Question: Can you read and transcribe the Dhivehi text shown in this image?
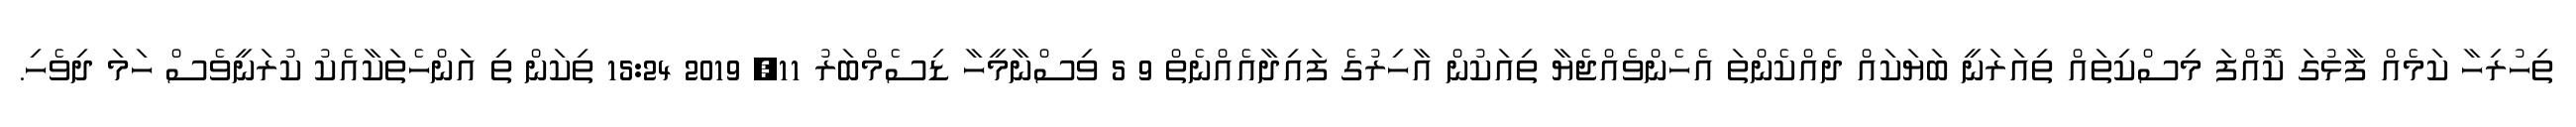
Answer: ތިހުރިހާ ކަމެއް ފާޅުގަ ކޮއްފަ މިސްކިތައް ތިއަރަނީ ބަޔަކައް ދެއްކެންތަ އެހެންވެއްޖެޔާ ތިއަކުން އާހިރުގެ ފައިދާއެއްނެތް 9 5 ވިސްނާމީހާ ޑިސެމްބަރު 11, 2019 15:24 ތިކަން ތި އަންހެތަކާއެކު ކުރަނީވެސް ހަމަ ދިވެހި.